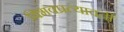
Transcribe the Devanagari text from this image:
विभवप्रत्यावर्ती